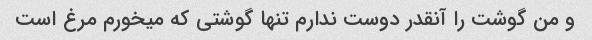
و من گوشت را آنقدر دوست ندارم تنها گوشتی که میخورم مرغ است